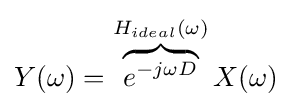
Y(\omega )=\overbrace {e^{-j\omega D}} ^{H_{ideal}(\omega )}X(\omega )